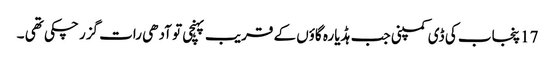
17 پنجاب کی ڈی کمپنی جب ہڈیارہ گاؤں کے قریب پہنچی تو آدھی رات گزر چکی تھی ۔